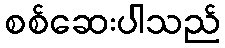
စစ်ဆေးပါသည်